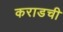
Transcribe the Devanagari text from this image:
कराडची